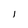
Character: I